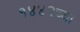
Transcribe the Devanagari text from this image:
१४४२च्या